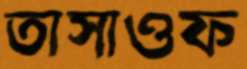
তাসাওফ